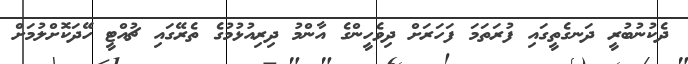
ދެކުނުބުރީ ދަނގެތީގައި ފުރަތަމަ ފަހަރަށް ދިވެހީންގެ އާންމު ދިރިއުޅުމުގެ ތެރޭގައި ޗުއްޓީ ހޭދަކޮށްލުމަށް